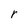
Character: r